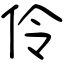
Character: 伶